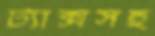
ট্যাক্সসহ